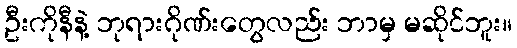
ဦးကိုနီနဲ့ ဘုရားဂိုဏ်းတွေလည်း ဘာမှ မဆိုင်ဘူး။